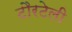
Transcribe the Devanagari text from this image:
टौरटेली